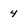
Character: 4